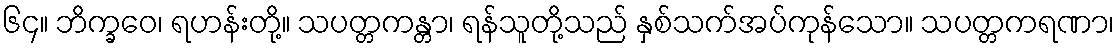
၆၄။ ဘိက္ခဝေ၊ ရဟန်းတို့။ သပတ္တကန္တာ၊ ရန်သူတို့သည် နှစ်သက်အပ်ကုန်သော။ သပတ္တကရဏာ၊